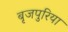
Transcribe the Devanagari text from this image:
बृजपुरिया